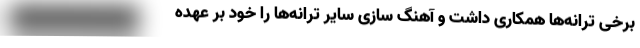
برخی ترانه‌ها همکاری داشت و آهنگ سازی سایر ترانه‌ها را خود بر عهده